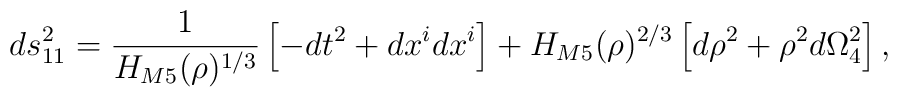
ds_{11}^{2}=\frac{1}{H_{M5}(\rho)^{1/3}}\left[  -dt^{2}+dx^{i}dx^{i}\right]+H_{M5}(\rho)^{2/3}\left[  d\rho^{2}+\rho^{2}d\Omega_{4}^{2}\right]  ,